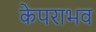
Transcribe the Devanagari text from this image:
केपराभव